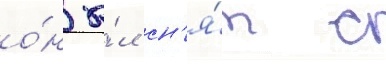
о́н бы́л сн'я́т с